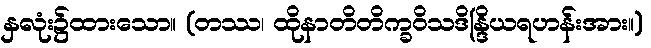
နှလုံး၌ထားသော။ (တဿ၊ ထိုနာတိတိက္ခဝိသဒိန္ဒြိယရဟန်းအား။)